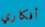
أفكاري